Annual report on the Civil Veterinary Department, Burma (including the Insein Veterinary School) - 1923-1931
Year: 1923
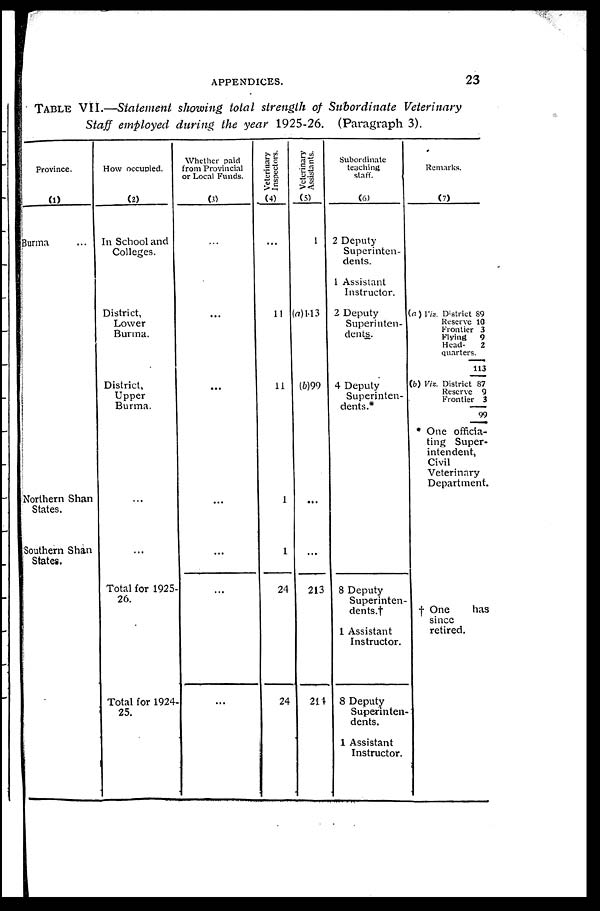
APPENDICES.
23
TABLE VII.—Statement showing total strength of Subordinate Veterinary
Staff employed during the year 1925-26. (Paragraph 3).
Province.
(1)
Burma
Northern Shan
States.
Southern Shan
States.
How occupied.
(2)
In School and
Colleges.
District,
Lower
Burma.
District,
Upper
Burma.
...
...
Total for 1925-
26.
Total for 1924
25.
Whether paid
from Provincial
or Local Funds.
(3)
...
...
...
...
...
...
...
Veterinary
Inspectors.
(4)
...
11
11
1
1
24
24
Veterinary
Assistants.
(5)
1
(a)113
(b)99
...
...
213
214
Subordinate
teaching
staff.
(6)
2 Deputy
Superinten-
dents.
1 Assistant
Instructor.
2 Deputy
Superinten-
dents.
4 Deputy
Superinten-
dents.*
8 Deputy
Superinten-
dents.†
1 Assistant
Instructor.
8 Deputy
Superinten-
dents.
1 Assistant
Instructor.
Remarks.
(7)
(a) Viz. District 89
Reserve 10
Frontier 3
Flying
9
Head-
2
quarters.
113
(b) Viz. District 87
Reserve 9
Frontier 3
99
* One officia-
ting Super-
intendent,
Civil
Veterinary
Department.
† One
has
since
retired.